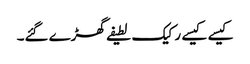
کیسے کیسے رکیک لطیفے گھڑے گئے۔